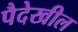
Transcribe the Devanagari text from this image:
पैदेखील